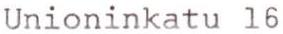
Unioninkatu 16